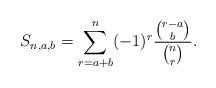
LaTeX: \begin{align*}S_{n,a,b}=\sum_{r=a+b}^n (-1)^r\frac{\binom{r-a}{b}}{\binom{n}{r}}.\end{align*}